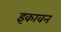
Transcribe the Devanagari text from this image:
इकावन